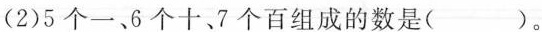
(2)5个一、6个十、7个百组成的数是( )。